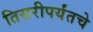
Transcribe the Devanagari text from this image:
तिसरीपर्यंतचे